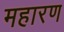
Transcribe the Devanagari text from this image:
महारण